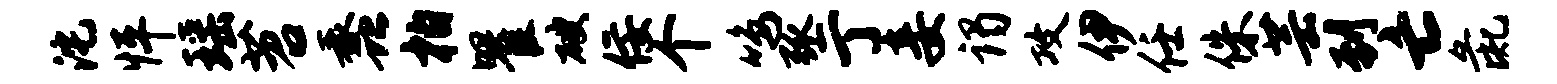
沱怦瑶苕蠡柏瞿破佞个鸣弧亍妾谒攻伊任侏芸到亡彘